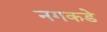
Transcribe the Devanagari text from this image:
नगकडे